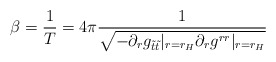
\begin{align*} \beta = \frac{1}{T} = 4\pi\frac{1}{\sqrt{-\partial_r g_{\tilde{t}\tilde{t}}|_{r=r_H}\partial_r g^{rr}|_{r=r_H}}}\end{align*}